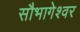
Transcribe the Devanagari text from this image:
सौभागेश्वर